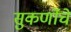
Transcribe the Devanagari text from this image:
सुकर्णोचे